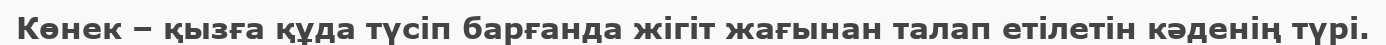
Көнек – қызға құда түсіп барғанда жігіт жағынан талап етілетін кәденің түрі.